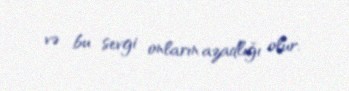
və bu sevgi onların azadlığı olur.